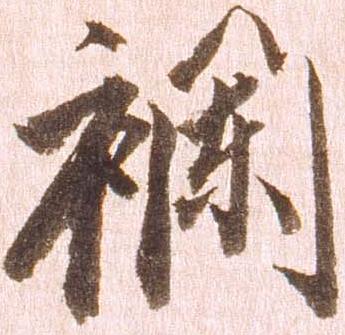
襴